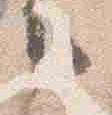
言